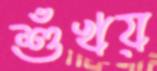
শুঁখয়